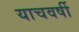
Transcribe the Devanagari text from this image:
याचवर्षी